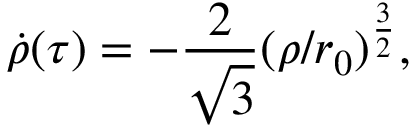
\dot { \rho } ( \tau ) = - \frac { 2 } { \sqrt { 3 } } ( \rho / r _ { 0 } ) ^ { \frac { 3 } { 2 } } ,